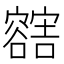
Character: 𲂛